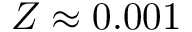
Z \approx 0 . 0 0 1